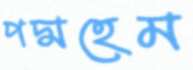
পদ্মহেম